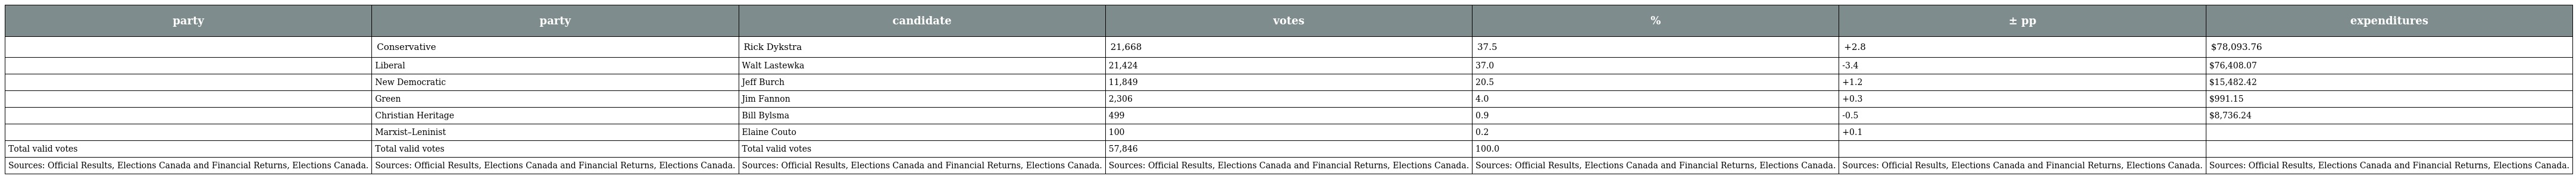
| party | party | candidate | votes | % | ± pp | expenditures |
 | --- | --- | --- | --- | --- | --- | --- |
 |  | Conservative | Rick Dykstra | 21,668 | 37.5 | +2.8 | $78,093.76 |
 |  | Liberal | Walt Lastewka | 21,424 | 37.0 | -3.4 | $76,408.07 |
 |  | New Democratic | Jeff Burch | 11,849 | 20.5 | +1.2 | $15,482.42 |
 |  | Green | Jim Fannon | 2,306 | 4.0 | +0.3 | $991.15 |
 |  | Christian Heritage | Bill Bylsma | 499 | 0.9 | -0.5 | $8,736.24 |
 |  | Marxist–Leninist | Elaine Couto | 100 | 0.2 | +0.1 |  |
 | Total valid votes | Total valid votes | Total valid votes | 57,846 | 100.0 |  |  |
 | Sources: Official Results, Elections Canada and Financial Returns, Elections Canada. | Sources: Official Results, Elections Canada and Financial Returns, Elections Canada. | Sources: Official Results, Elections Canada and Financial Returns, Elections Canada. | Sources: Official Results, Elections Canada and Financial Returns, Elections Canada. | Sources: Official Results, Elections Canada and Financial Returns, Elections Canada. | Sources: Official Results, Elections Canada and Financial Returns, Elections Canada. | Sources: Official Results, Elections Canada and Financial Returns, Elections Canada. |